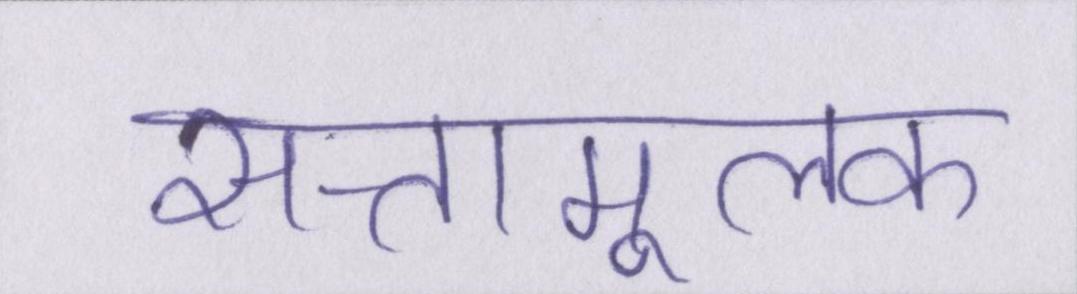
सत्तामूलक